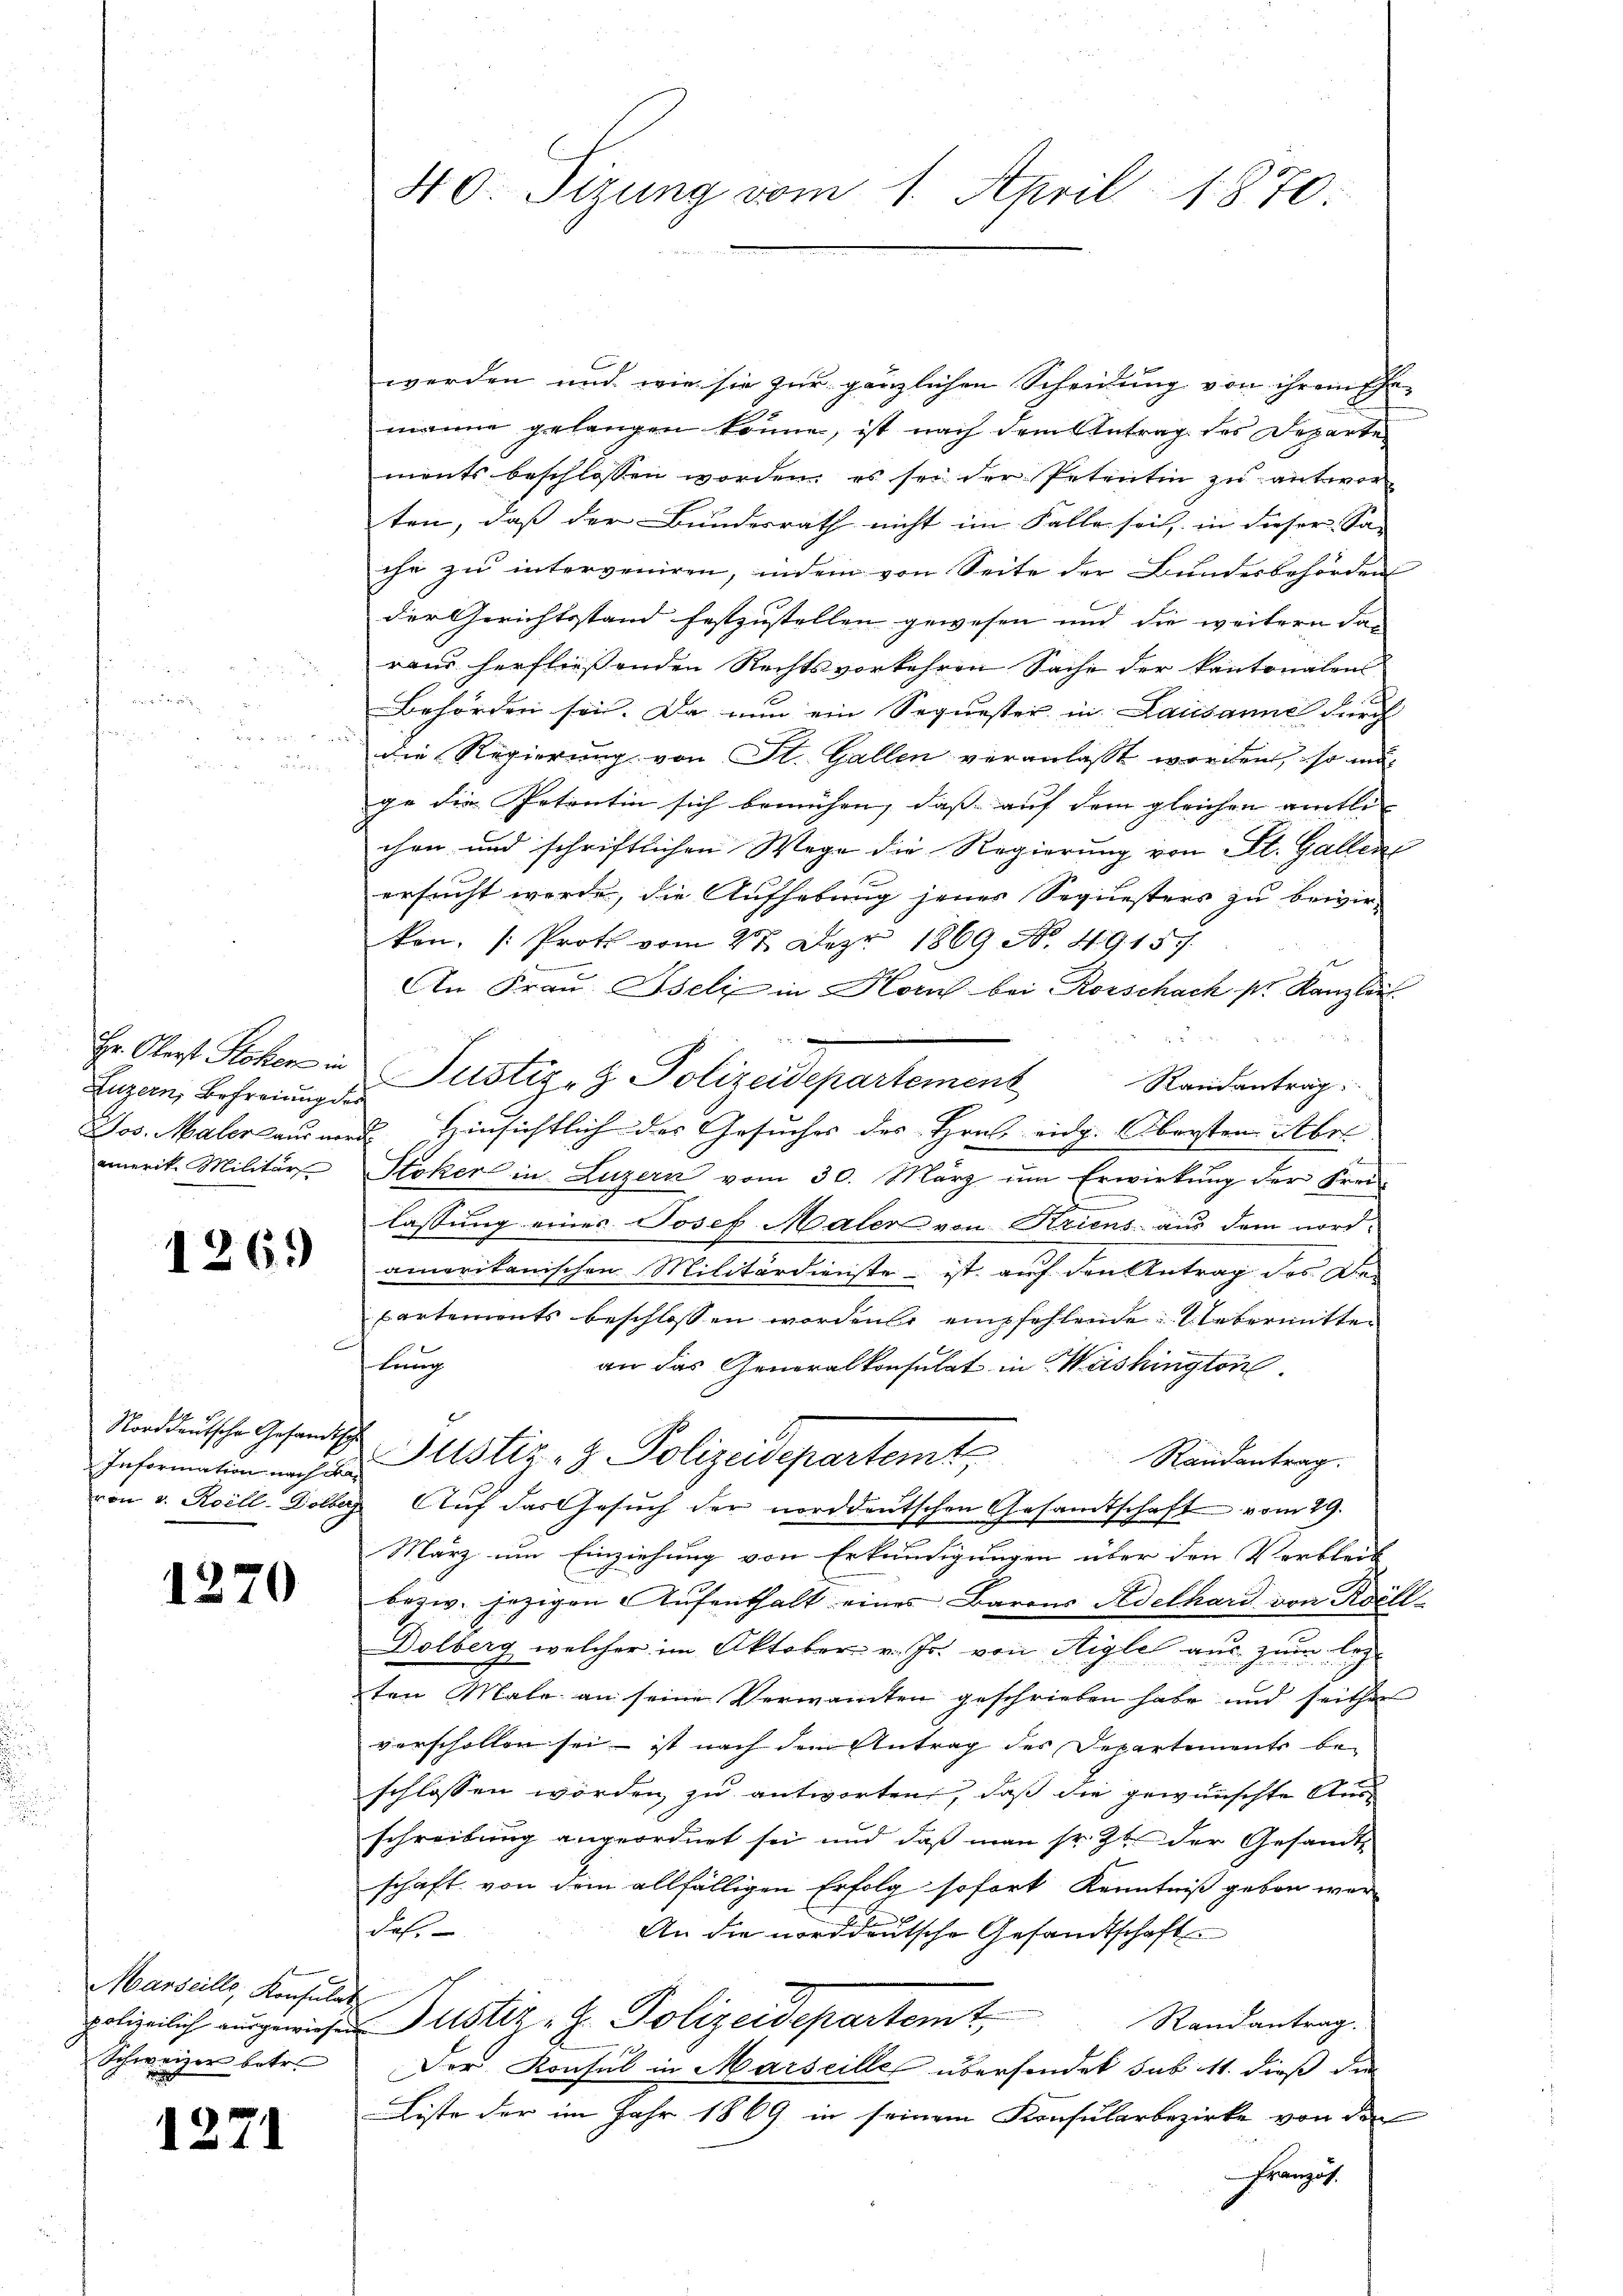
Luzern, Befreiung des
amerik. Militär

1269)

Norddeutsche Gesandtsch

1270

Marseills, Konsulat
Schweizer betr.

1271

3

40. Sizung vom 1. April 1870.

werden und wie sie zur gänzlichen Scheidung von ihrem Ehemanne gelangen könne, ist nach dem Antrag des Departe
ments beschlossen worden; es sei der Petentin zu antworten, daß der Bundesrath nicht im Falle sei, in dieser Sa-
ihr zu interveniren, indem von Seite der Bundesbehörden
der Gerichtsstand festzustellen gewesen und die weitern das |
raud herfließenden Rechtsvorkehren Sache der kantonalen
Behörden sei. Da nun ein Sequester in Lausanne durch
die Regierung von St. Gallen veranlaßt worden, so mage die Petentin sich bemühen, dass auf dem gleichen amtli
chen und schriftlichen Wege die Regierung von St. Gallen
ersucht werde, die Aufhebung jenes Sequesters zu bewirken. Proth vom 27. Dez. 1869 No. 49157.
An Frau Iseli in Horn bei Rorschach sr. Kanzlei
Hr. Oberst Stocken in Justiz- & Polizeidepartement
Randantrag:
Jos. Maleraus wird. Hinsichtlich der Gesuches des Hral eidg. Obersten Abr
2
Stoker in Luzern vom 30. März um Erwirkung der Frei-
lassung eines Josef Maler von Kriens aus dem nordamerikanischen Militärdienste - ist auf den Antrag des De¬
Cartements beschlossen worden empfehlende Uebermitten
Beweg
an das Generalkonsulat in Washington
Randantrag.
Information nach an Justiz- & Polizeidepartemt
von v. Roill-Dolber Auf das Gesŭch der norddeutschen Gesamtschaft vom 29.
März um Einziehung von Erkundigungen über den Verbleib
bezw. jezigen Aufenthalt eines Barons Adelhard von Roell¬
Dolberg, welcher im Oktober v. Js. von Aigle aus zum lezten Male an seine Verwanten geschrieben habe und seither
vorschollen sei – ist nach dem Antrag des Departements be-
schlossen worden, zu antworten, daß die gewünschte Ausschreibung angeordnet sei und daß man sr. Zu der Gesandte
schaft von dem allfälligen Erfolg sofort Kenntniß geben war
das.
An die norddeutsche Gesandtschaft
polizeilich ausgewieser Justiz - Polizeidepartemt,
Randantrag.
Der Konsul in Marseille übersendet sub 11. dieß die
Liste der im Jahr 1869 in seinem Konsularbezirke von den
Französ.